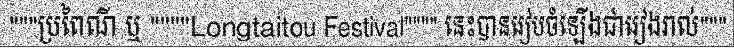
"""ប្រពៃណី ឬ """"Longtaitou Festival"""" នេះបានរៀបចំឡើងជារៀងរាល់"""